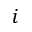
i